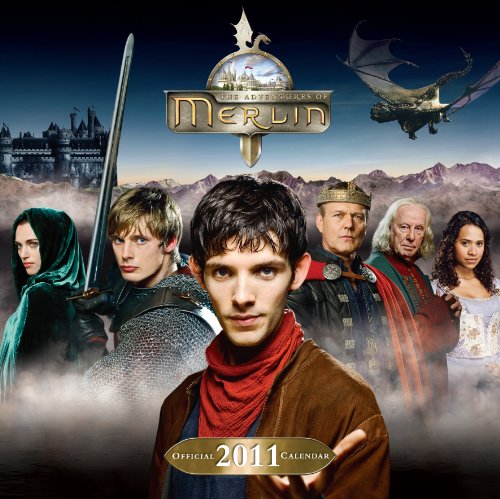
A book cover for The Official Merlin 2011 Square Calendar; Calendars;